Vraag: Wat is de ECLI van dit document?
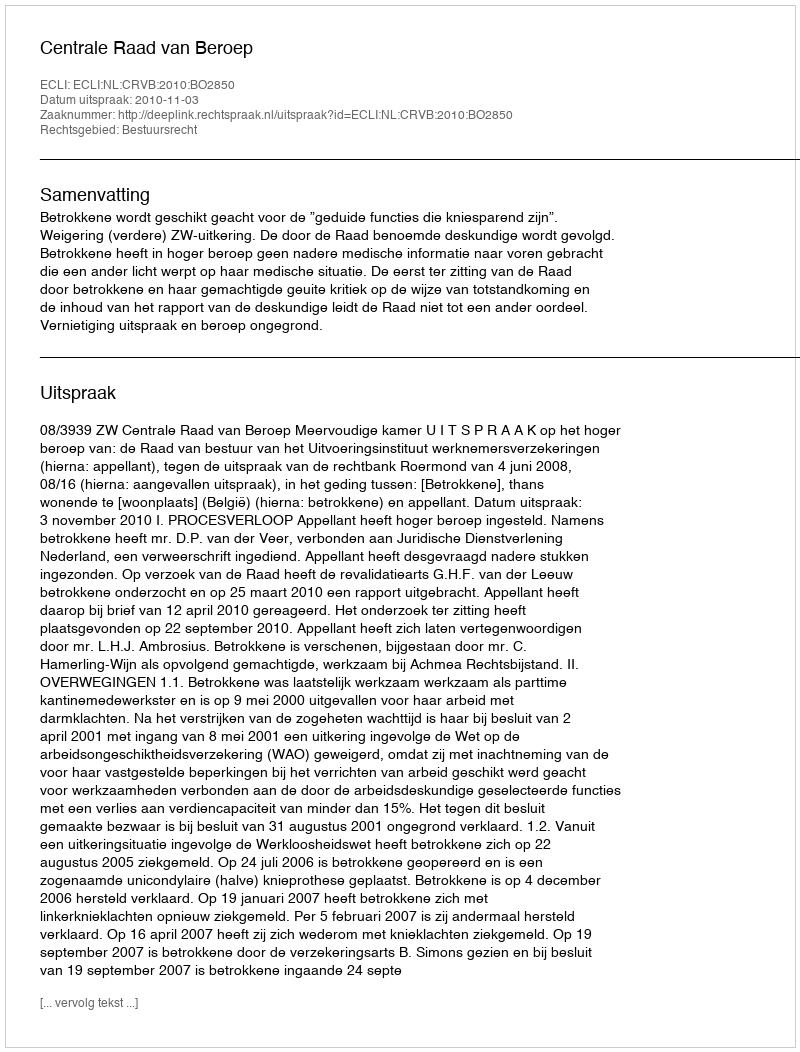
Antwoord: ECLI:NL:CRVB:2010:BO2850